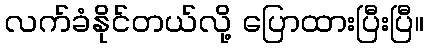
လက်ခံနိုင်တယ်လို့ ပြောထားပြီးပြီ။